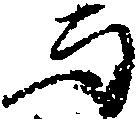
而